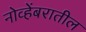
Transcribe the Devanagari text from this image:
नोव्हेंबरातील